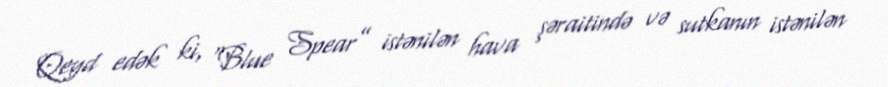
Qeyd edək ki, “Blue Spear” istənilən hava şəraitində və sutkanın istənilən